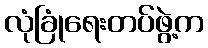
လုံခြုံရေးတပ်ဖွဲ့က